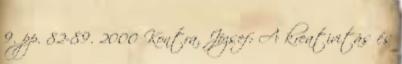
9. pp. 82-89. 2000 Kontra, József: A kreativitás és